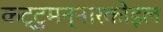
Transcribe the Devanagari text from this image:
कट्टुमन्नारकोइल